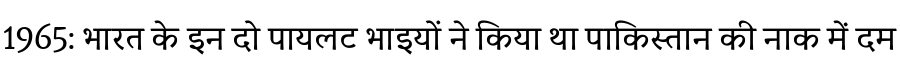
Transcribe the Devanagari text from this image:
1965: भारत के इन दो पायलट भाइयों ने किया था पाकिस्तान की नाक में दम